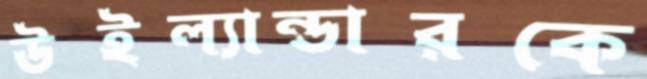
উইল্যান্ডারকে